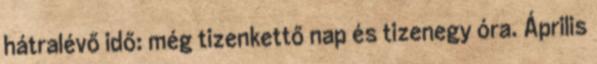
hátralévő idő: még tizenkettő nap és tizenegy óra. Április